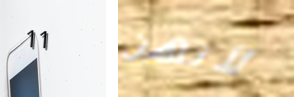
11 لأنهن